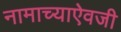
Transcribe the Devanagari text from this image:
नामाच्याऐवजी